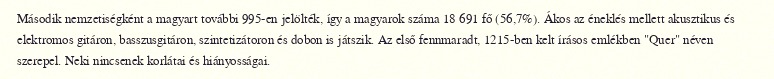
Második nemzetiségként a magyart további 995-en jelölték, így a magyarok száma 18 691 fő (56,7%). Ákos az éneklés mellett akusztikus és elektromos gitáron, basszusgitáron, szintetizátoron és dobon is játszik. Az első fennmaradt, 1215-ben kelt írásos emlékben "Quer" néven szerepel. Neki nincsenek korlátai és hiányosságai.